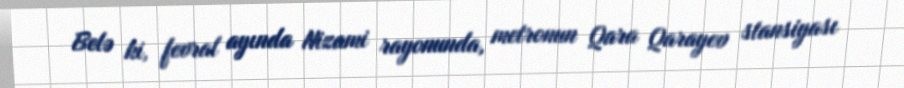
Belə ki, fevral ayında Nizami rayonunda, metronun Qara Qarayev stansiyası